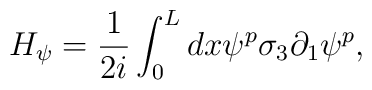
H_{\psi}= \frac{1}{2i} \int_{0}^{L} dx\psi^{p}\sigma_{3}\partial_{1}\psi^{p} ,